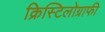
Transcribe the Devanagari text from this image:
क्रिस्टिलोग्राफी